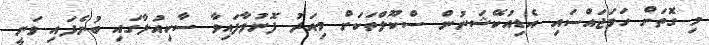
މި ގޮތަށް ހަމަޖައްސައި އެޑިއުކޭޝަނުން ސްކޫލްތަކަށް މިއަދު ފޮނުވާފައިވާ ސާކިއުލާގައި ބުނެފައި ވަނީ